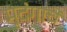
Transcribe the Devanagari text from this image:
मृदंगाचे